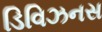
ડિવિઝનસ